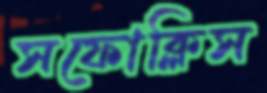
সফোক্লিস